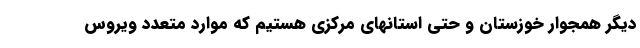
دیگر همجوار خوزستان و حتی استانهای مرکزی هستیم که موارد متعدد ویروس